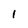
Character: 1